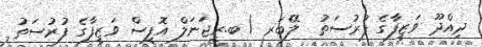
ދިއްދޫ ވަޒީފާގެ ފުރުސަތު  ލޭބަރ / ބ.ރީޖަނަލް އޮފީސް ވަޒީފާގެ ފުރުސަތު